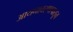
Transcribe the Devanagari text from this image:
आयनावरणापासून